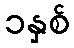
၁နှစ်